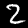
Label: 2